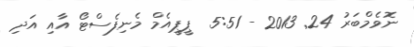
ނޮވެމްބަރު 24